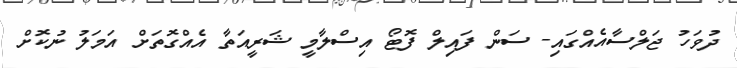
ދުވަހު ޖަލްސާއެއްގައި- ސަން ފައިލް ފޮޓޯ އިސްލާމީ ޝަރީއަތާ އެއްގޮތަށް އަމަލު ނުކޮށް